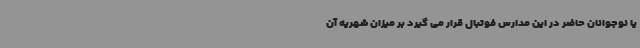
یا نوجوانان حاضر در این مدارس فوتبال قرار می گیرد بر میزان شهریه آن